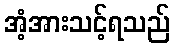
အံ့အားသင့်ရသည်